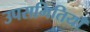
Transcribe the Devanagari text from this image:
उपसमितियाँ